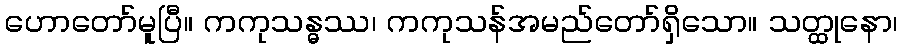
ဟောတော်မူပြီ။ ကကုသန္ဓဿ၊ ကကုသန်အမည်တော်ရှိသော။ သတ္ထုနော၊